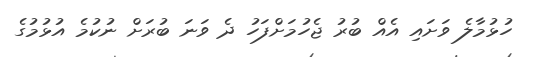
ހުޅުމާލެ ވަށައި އެއް ބުރު ޖެހުމަށްފަހު ދެ ވަނަ ބުރަށް ނުކުމެ އުޅުމުގެ